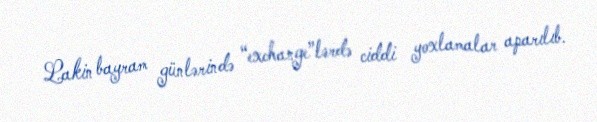
Lakin bayram günlərində “exchange”lərdə ciddi yoxlamalar aparılıb.